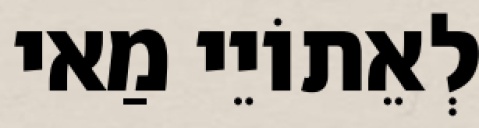
לְאֵתוֹיֵי מַאי